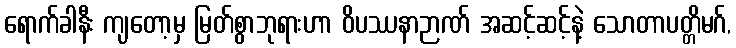
ရောက်ခါနီး ကျတော့မှ မြတ်စွာဘုရားဟာ ဝိပဿနာဉာဏ် အဆင့်ဆင့်နဲ့ သောတာပတ္တိမဂ်,